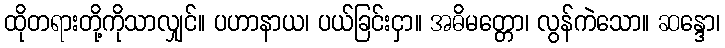
ထိုတရားတို့ကိုသာလျှင်။ ပဟာနာယ၊ ပယ်ခြင်းငှာ။ အဓိမတ္တော၊ လွန်ကဲသော။ ဆန္ဒော၊